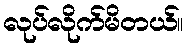
လုပ်လိုက်မိတယ်။